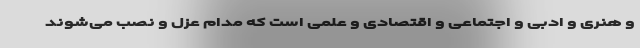
و هنری و ادبی و اجتماعی و اقتصادی و علمی است که مدام عزل و نصب می‌شوند